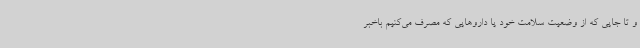
و تا جایی که از وضعیت سلامت خود یا داروهایی که مصرف می‌کنیم باخبر